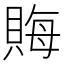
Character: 𧶅